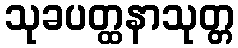
သုခပတ္ထနာသုတ္တ